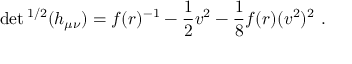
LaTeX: \operatorname * { d e t } { } ^ { 1 / 2 } ( h _ { \mu \nu } ) = f ( r ) ^ { - 1 } - \frac { 1 } { 2 } v ^ { 2 } - \frac { 1 } { 8 } f ( r ) ( v ^ { 2 } ) ^ { 2 } \ .